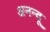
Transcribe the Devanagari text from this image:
अनन्‍दू